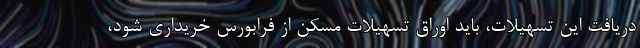
دریافت این تسهیلات، باید اوراق تسهیلات مسکن از فرابورس خریداری شود،